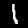
Digit: 1